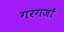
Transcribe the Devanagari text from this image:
गरगजों